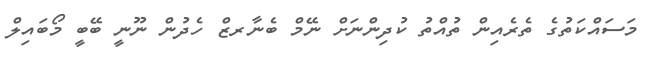
މަސައްކަތުގެ ތެރެއިން ތުއްތު ކުދިންނަށް ނޭމް ބެނާރޒް ހެދުން ނޫނީ ބޭބީ މޯބައިލް